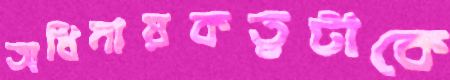
অধিনায়কত্বটাকে